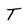
Character: T